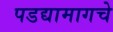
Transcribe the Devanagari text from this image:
पडद्यामागचे